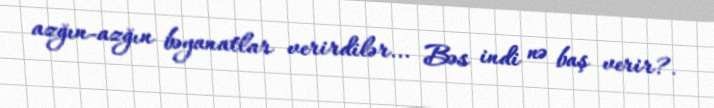
azğın-azğın bəyanatlar verirdilər... Bəs indi nə baş verir?.